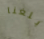
بلغنا